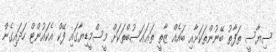
ސިޔާސީ ތަފާތު ބޭނުންތަކަށާއި ބައެއް ޒާތީ ތަޢައަސުބްތަކަށް މީސްމީޑިޔާގައި ފޭކް އެކައުންޓް ހަދައިގެން